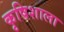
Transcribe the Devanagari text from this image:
कृषिशाला